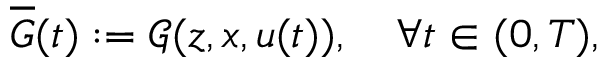
\overline { { G } } ( t ) : = \mathcal { G } ( z , x , u ( t ) ) , \quad \forall t \in ( 0 , T ) ,